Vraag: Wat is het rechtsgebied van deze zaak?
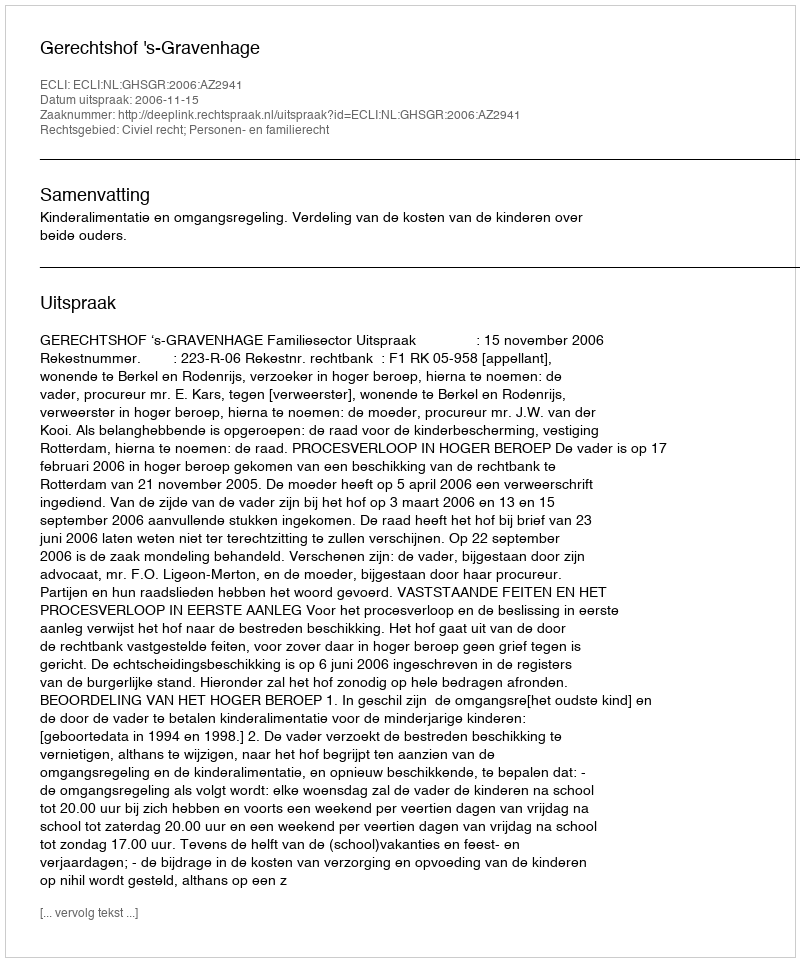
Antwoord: Civiel recht; Personen- en familierecht